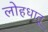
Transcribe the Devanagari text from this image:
लोहधातू